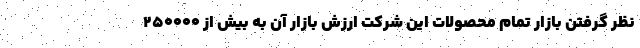
نظر گرفتن بازار تمام محصولات این شرکت ارزش بازار آن به بیش از ۲۵۰۰۰۰